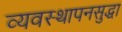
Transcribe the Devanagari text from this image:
व्यवस्थापनसुद्धा